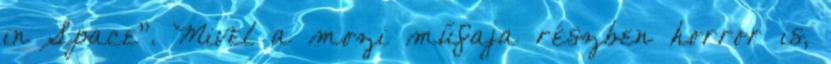
in Space". Mivel a mozi műfaja részben horror is,